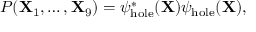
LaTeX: P ( { \bf X } _ { 1 } , \ldots , { \bf X } _ { 9 } ) = \psi _ { \mathrm { h o l e } } ^ { * } ( { \bf X } ) \psi _ { \mathrm { h o l e } } ( { \bf X } ) ,